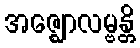
အဇ္ဈောလမ္ဗန္တိ